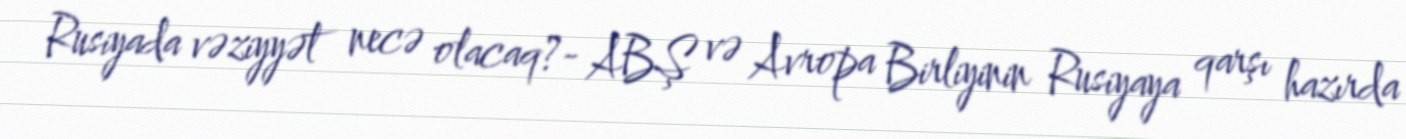
Rusiyada vəziyyət necə olacaq?- ABŞ və Avropa Birliyinin Rusiyaya qarşı hazırda